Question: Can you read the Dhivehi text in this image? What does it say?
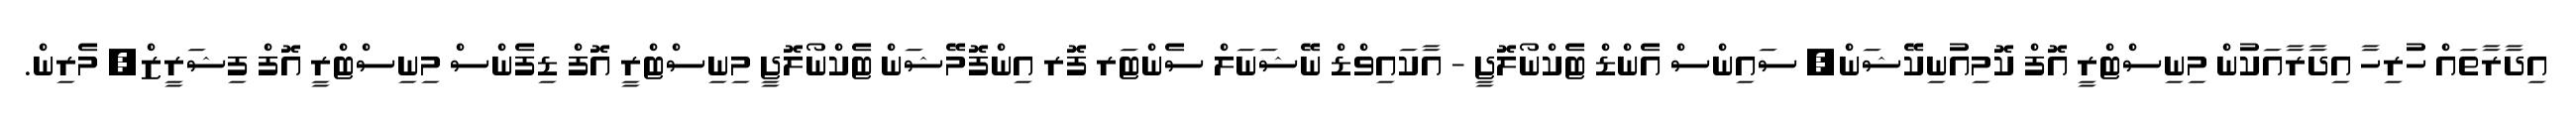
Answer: އިދާރާތައް ހުރިހާ އިދާރާއަކުން މިނިސްޓްރީ އޮފް ކޮމިއުނިކޭޝަން, ސައިންސް އެންޑް ޓެކްނޯލޮޖީ - އާކައިވްޑް ނޭޝަނަލް ސެންޓަރ ފޮރ އިންފޮމޭޝަން ޓެކްނޯލޮޖީ މިނިސްޓްރީ އޮފް ޑިފެންސް މިނިސްޓްރީ އޮފް ފިޝަރީޒް, މެރިން.